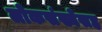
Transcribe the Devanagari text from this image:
लोकसंख्येसह